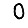
Digit: 0